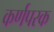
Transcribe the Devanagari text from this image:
कर्णपरक